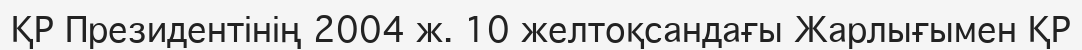
ҚР Президентінің 2004 ж. 10 желтоқсандағы Жарлығымен ҚР